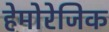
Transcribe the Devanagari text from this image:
हेमोरेजिक